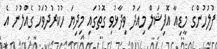
ފުލުހުންގެ މީޑިއާ އޮފިޝަލް މިއަދު ވިދާޅުވި ގޮތުގައި މިދިޔަ ހުކުރުދުވަހު ގެއްލުނު އެ